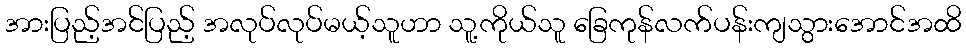
အားပြည့်အင်ပြည့် အလုပ်လုပ်မယ့်သူဟာ သူ့ကိုယ်သူ ခြေကုန်လက်ပန်းကျသွားအောင်အထိ